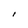
Character: I